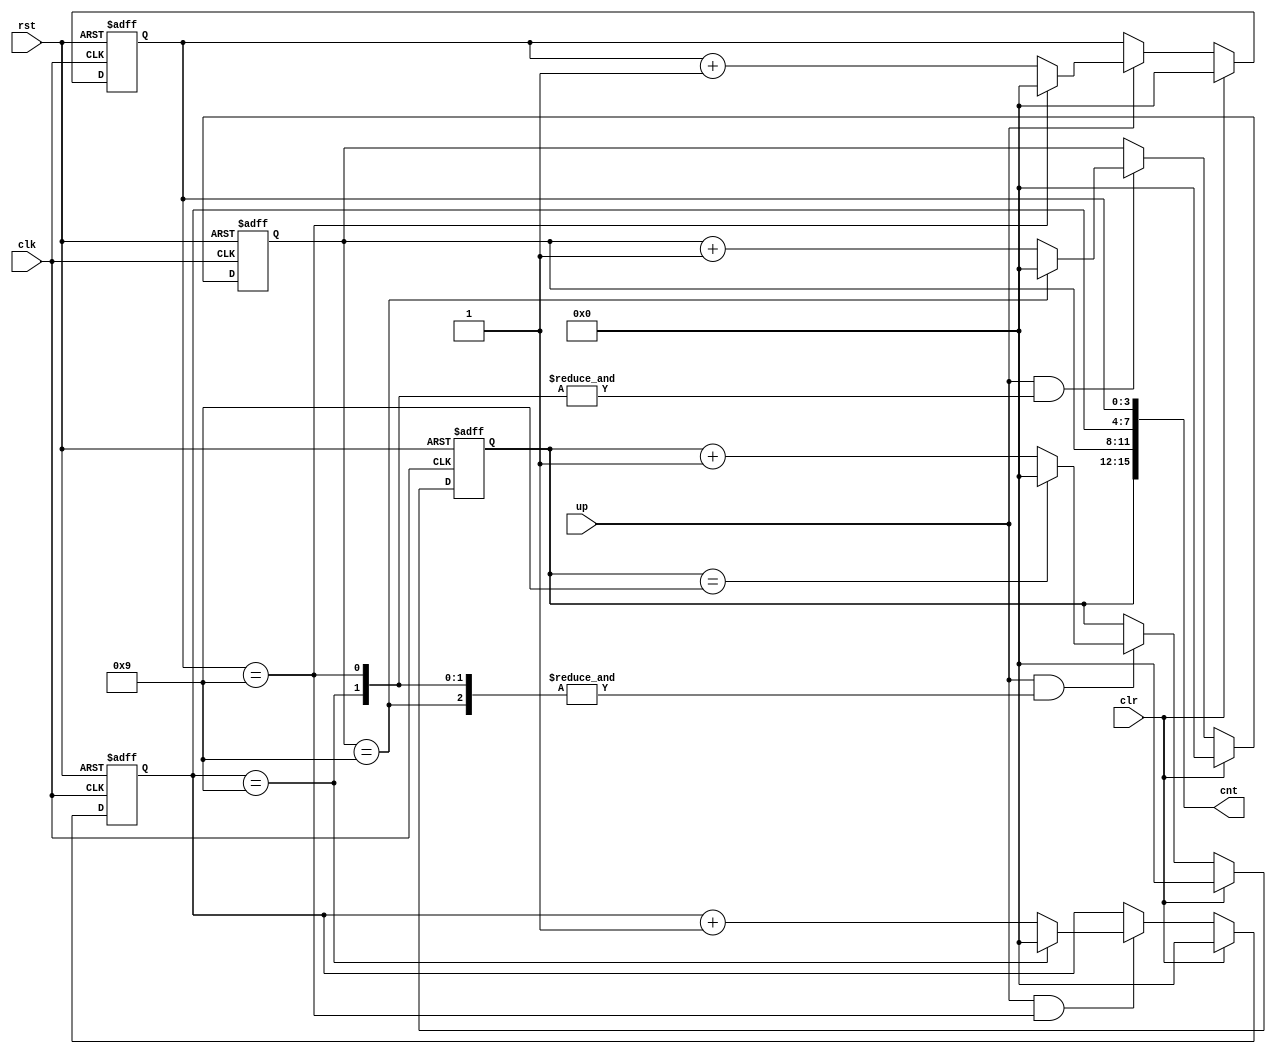
/*  This file is part of JTFRAME.
    JTFRAME program is free software: you can redistribute it and/or modify
    it under the terms of the GNU General Public License as published by
    the Free Software Foundation, either version 3 of the License, or
    (at your option) any later version.

    JTFRAME program is distributed in the hope that it will be useful,
    but WITHOUT ANY WARRANTY; without even the implied warranty of
    MERCHANTABILITY or FITNESS FOR A PARTICULAR PURPOSE.  See the
    GNU General Public License for more details.

    You should have received a copy of the GNU General Public License
    along with JTFRAME.  If not, see <http://www.gnu.org/licenses/>.

    Author: Jose Tejada Gomez. Twitter: @topapate
    Version: 1.0
    Date: 22-12-2022 */

// BCD counter

module jtframe_bcd_cnt #(parameter DIGITS=4, WRAP=1 ) (
    input               rst,
    input               clk,
    input               clr,
    input               up,
    output reg [DIGITS*4-1:0] cnt
);

integer i;
genvar k;
reg [DIGITS-1:0] nines;

always @* begin
    for( i=0; i<DIGITS; i=i+1 )
        nines[i] = cnt[(i*4)+:4]==4'h9;
end

always @(posedge clk, posedge rst) begin
    if( rst ) begin
        cnt[3:0] <= 0;
    end else begin
        if( clr ) begin
            cnt[3:0] <= 0;
        end else if( up && (WRAP==1 || ~&nines) ) begin
            cnt[3:0] <= cnt[3:0]==4'd9 ? 4'd0 : cnt[3:0] + 1'd1;
        end
    end
end

generate
    for( k=1; k<DIGITS; k=k+1 ) begin : upper_bcds
        always @(posedge clk, posedge rst) begin
            if( rst ) begin
                cnt[k*4+:4] <= 0;
            end else begin
                if( clr ) begin
                    cnt[k*4+:4] <= 0;
                end else if( up && (WRAP==1 || ~&nines) && &nines[0+:k] ) begin
                    cnt[k*4+:4] <= cnt[k*4+:4]==4'd9 ? 4'd0 : cnt[k*4+:4] + 1'd1;
                end
            end
        end
    end
endgenerate

endmodule